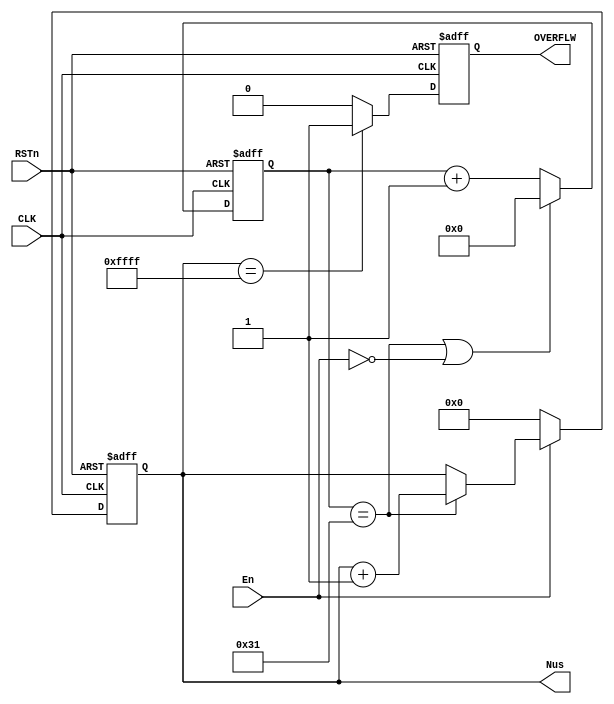

/**********************DAMMSTANGER COPYRIGHT @2016************************/	
//Time_us_16b
//	 us65535us 50MHz
//	 dammstanger
//	 20160820
/*************************************************************************/	
module Time_us_16b 
(
    CLK, RSTn, En, Nus, OVERFLW
);

   input CLK;
	 input RSTn;
	 input En;
	 output [15:0]Nus;
	 output OVERFLW;
	 
	 /****************************************/
	 parameter T1USval = 6'd49;					//50MHz50M*0.000001-1=49
	 
	 /***************************************/
		reg [5:0]Count;
	always @ ( posedge CLK or negedge RSTn )
		if( !RSTn )
			Count <= 6'd0;
		else if( (Count == T1USval)||(!En))
			Count <= 6'd0;
		else 
			Count <= Count + 1'b1;
	
    /****************************************/	
		reg rOVERFLW;
    reg [15:0]Countus;
	 always @ ( posedge CLK or negedge RSTn )
		if( !RSTn )begin
			Countus <= 1'd0;
			rOVERFLW <= 1'b0;
		end
		else begin
			if(En)begin
				if(Count == T1USval)
					Countus <= Countus + 1'b1;
				else
					Countus <= Countus;
			end
			else 
				Countus <= 1'b0;
				
			if(Countus==16'hffff)
				rOVERFLW <= 1'b1;
			else
				rOVERFLW <= 1'b0;
		end
	
   /********************************************/
	 assign Nus = Countus;
	 assign OVERFLW = rOVERFLW;

	 /********************************************/
		      

endmodule